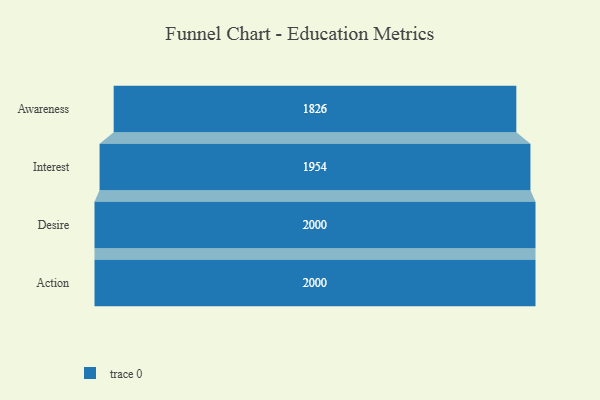
{"axis": {"x": "Stage", "y": "Value"}, "legend": [""], "data": [{"x": "Awareness", "y": 1826.0, "type": ""}, {"x": "Interest", "y": 1954.0, "type": ""}, {"x": "Desire", "y": 2000, "type": ""}, {"x": "Action", "y": 2000, "type": ""}]}